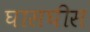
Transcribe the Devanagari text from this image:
घासघीस